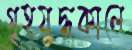
গৃহযুদ্ধকালে